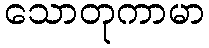
သောတုကာမာ